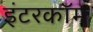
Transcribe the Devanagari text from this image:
इंटरकाॅम